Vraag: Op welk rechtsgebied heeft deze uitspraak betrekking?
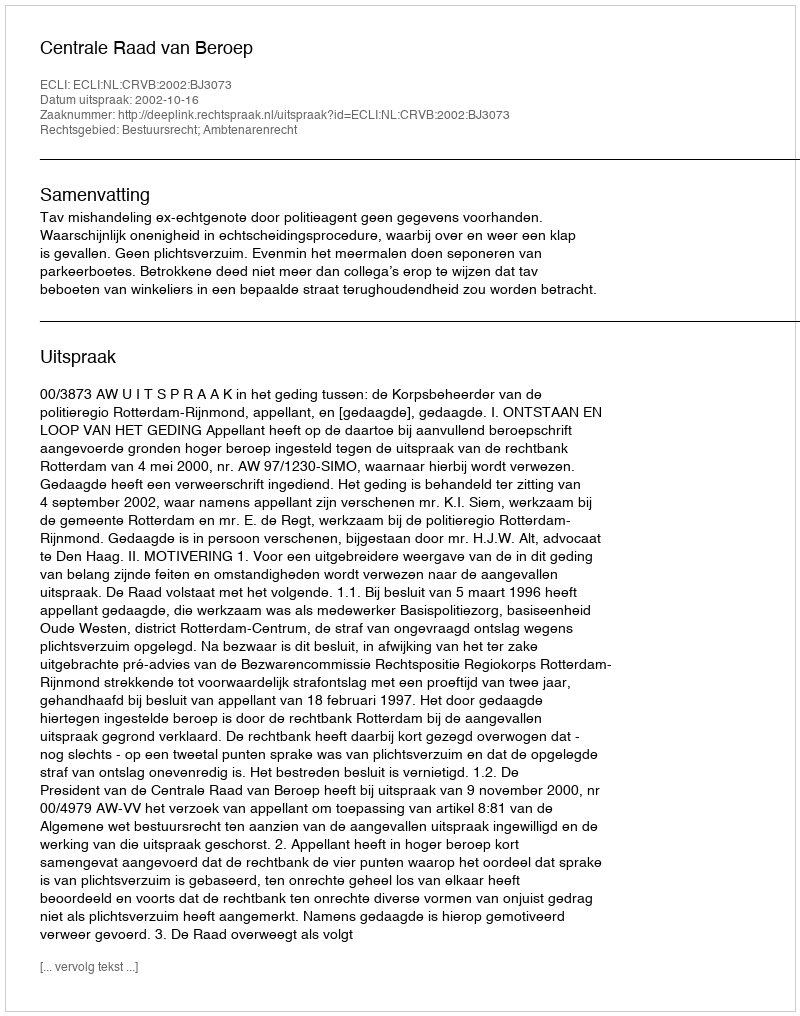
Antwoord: Bestuursrecht; Ambtenarenrecht